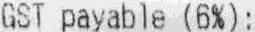
GST PAYABLE (6%):